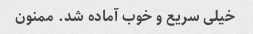
خیلی سریع و خوب آماده شد. ممنون